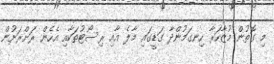
މި ގޮތުން މުޒާހަރާ ހިނގަމުންދާ ގަޑީގައި މާލެ އާއި ރިސޯޓުތަކާއި އެހެން ރަށްރަށުން